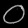
Digit: ၀